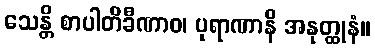
သေန္တိ စာပါတိခီဏာဝ၊ ပုရာဏာနိ အနုတ္ထုနံ။